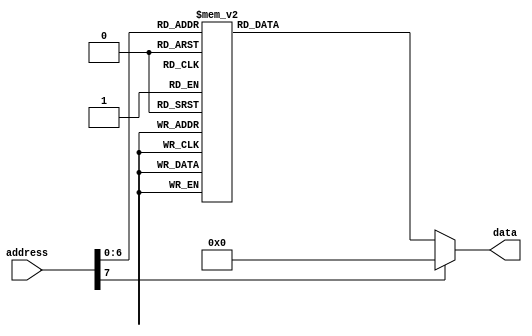
module music_rom
(
    input wire [7:0]address,
    output reg [4:0]data
);
always @ (*)
		case(address)
            8'd0  : data = 5'd8;// 1155 6650
            8'd1  : data = 5'd8;
            8'd2  : data = 5'd12;
            8'd3  : data = 5'd12;
            8'd4  : data = 5'd13;
            8'd5  : data = 5'd13;
            8'd6  : data = 5'd12;
            8'd7  : data = 5'd0;

            8'd8  : data = 5'd11;// 4433 2210
            8'd9  : data = 5'd11;
            8'd10  : data = 5'd10;
            8'd11  : data = 5'd10;
            8'd12  : data = 5'd9;
            8'd13  : data = 5'd9;
            8'd14  : data = 5'd8;
            8'd15  : data = 5'd0;        
            

            8'd16  : data = 5'd12;// 5544 3320
            8'd17  : data = 5'd12;
            8'd18  : data = 5'd11;
            8'd19  : data = 5'd11;
            8'd20  : data = 5'd10;
            8'd21  : data = 5'd10;
            8'd22  : data = 5'd9;
            8'd23  : data = 5'd0;

            8'd24  : data = 5'd12;//  5544 3320
            8'd25  : data = 5'd12;
            8'd26  : data = 5'd11;
            8'd27  : data = 5'd11;
            8'd28  : data = 5'd10;
            8'd29  : data = 5'd10;
            8'd30  : data = 5'd9;
            8'd31  : data = 5'd0;

            8'd32  : data = 5'd8;// 1155 6650
            8'd33  : data = 5'd8;
            8'd34  : data = 5'd12;
            8'd35  : data = 5'd12;
            8'd36  : data = 5'd13;
            8'd37  : data = 5'd13;
            8'd38  : data = 5'd12;
            8'd39  : data = 5'd0;

            8'd40  : data = 5'd11;// 4433 2210
            8'd41  : data = 5'd11;
            8'd42  : data = 5'd10;
            8'd43  : data = 5'd10;
            8'd44  : data = 5'd9;
            8'd45  : data = 5'd9;
            8'd46  : data = 5'd8;
            8'd47  : data = 5'd0;

                        8'd40  : data = 5'd11;// 4433 2210
            8'd41  : data = 5'd11;
            8'd42  : data = 5'd10;
            8'd43  : data = 5'd10;
            8'd44  : data = 5'd9;
            8'd45  : data = 5'd9;
            8'd46  : data = 5'd8;
            8'd47  : data = 5'd0;

            8'd48  : data = 5'd8;// 1155 6650
            8'd49  : data = 5'd8;
            8'd50  : data = 5'd12;
            8'd51  : data = 5'd12;
            8'd52  : data = 5'd13;
            8'd53  : data = 5'd13;
            8'd54  : data = 5'd12;
            8'd55  : data = 5'd0;

            8'd56  : data = 5'd11;// 4433 2210
            8'd57  : data = 5'd11;
            8'd58  : data = 5'd10;
            8'd59  : data = 5'd10;
            8'd60  : data = 5'd9;
            8'd61  : data = 5'd9;
            8'd62  : data = 5'd8;
            8'd63  : data = 5'd0;        
            

            8'd64  : data = 5'd12;// 5544 3320
            8'd65  : data = 5'd12;
            8'd66  : data = 5'd11;
            8'd67  : data = 5'd11;
            8'd68  : data = 5'd10;
            8'd69  : data = 5'd10;
            8'd70  : data = 5'd9;
            8'd71  : data = 5'd0;

            8'd72  : data = 5'd12;//  5544 3320
            8'd73  : data = 5'd12;
            8'd74  : data = 5'd11;
            8'd75  : data = 5'd11;
            8'd76  : data = 5'd10;
            8'd77  : data = 5'd10;
            8'd78  : data = 5'd9;
            8'd79  : data = 5'd0;

            8'd80  : data = 5'd8;// 1155 6650
            8'd81  : data = 5'd8;
            8'd82  : data = 5'd12;
            8'd83  : data = 5'd12;

            default:data = 0;
        endcase


endmodule